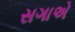
સગાએ